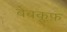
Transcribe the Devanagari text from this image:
बेबकूफ़